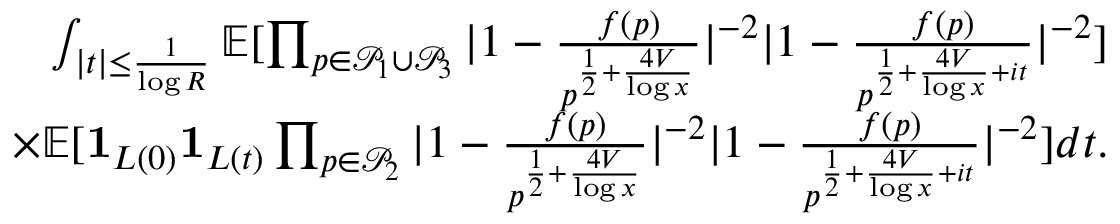
\begin{array} { r } { \int _ { | t | \le \frac { 1 } { \log R } } \mathbb E [ \prod _ { p \in \mathcal { P } _ { 1 } \cup \mathcal { P } _ { 3 } } | 1 - \frac { f ( p ) } { p ^ { \frac { 1 } { 2 } + \frac { 4 V } { \log x } } } | ^ { - 2 } | 1 - \frac { f ( p ) } { p ^ { \frac { 1 } { 2 } + \frac { 4 V } { \log x } + i t } } | ^ { - 2 } ] } \\ { \times \mathbb E [ \mathbf { 1 } _ { L ( 0 ) } \mathbf { 1 } _ { L ( t ) } \prod _ { p \in \mathcal { P } _ { 2 } } | 1 - \frac { f ( p ) } { p ^ { \frac { 1 } { 2 } + \frac { 4 V } { \log x } } } | ^ { - 2 } | 1 - \frac { f ( p ) } { p ^ { \frac { 1 } { 2 } + \frac { 4 V } { \log x } + i t } } | ^ { - 2 } ] d t . } \end{array}